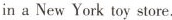
in a New York toy store.